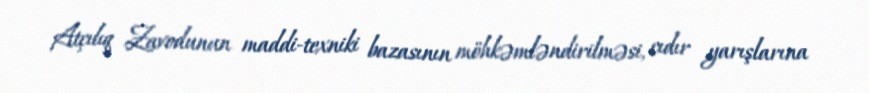
Atçılıq Zavodunun maddi-texniki bazasının möhkəmləndirilməsi, cıdır yarışlarına